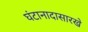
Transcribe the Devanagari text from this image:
घंटानादासारखे